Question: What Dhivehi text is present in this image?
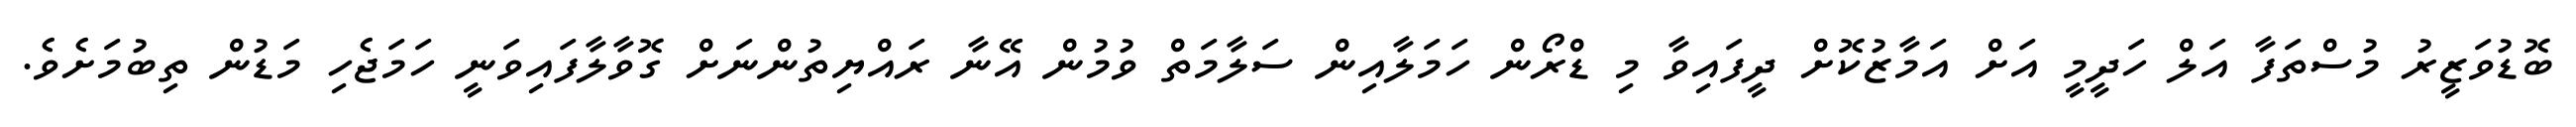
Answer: ބޮޑުވަޒީރު މުސްތަފާ އަލް ހަދީމީ އަށް އަމާޒުކޮށް ދީފައިވާ މި ޑްރޯން ހަމަލާއިން ސަލާމަތް ވުމުން އޭނާ ރައްޔިތުންނަށް ގޮވާލާފައިވަނީ ހަމަޖެހި މަޑުން ތިބުމަށެވެ.